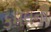
કમલની